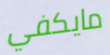
مايكفي